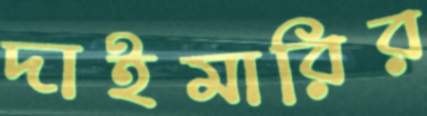
দাইমারির